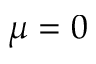
\mu = 0